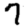
Digit: 7